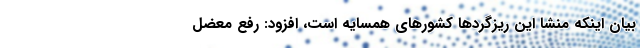
بیان اینکه منشا این ریزگرد‌ها کشور‌های همسایه است، افزود: رفع معضل